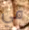
في